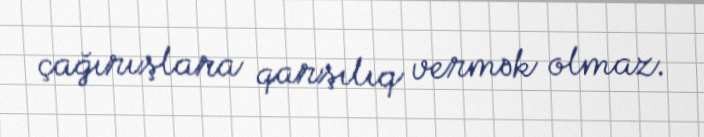
çağırışlara qarşılıq vermək olmaz.